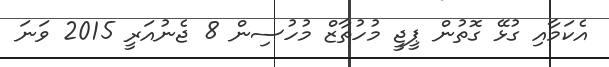
އެކަމާއި ގުޅޭ ގޮތުން ޕީޖީ މުހުތާޒް މުހުސިން 8 ޖެނުއަރީ 2015 ވަނަ